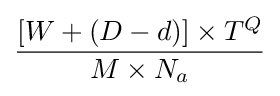
{\frac {[W+(D-d)]\times T^{Q}}{M\times N_{a}}}